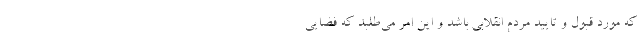
که مورد قبول و تایید مردم انقلابی باشد و این امر می‌طلبد که فضایی